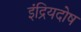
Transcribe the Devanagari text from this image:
इंद्रियदोष